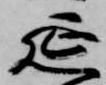
延